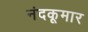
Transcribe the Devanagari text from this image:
नंदकूमार